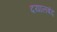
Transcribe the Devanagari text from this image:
दयालबंद